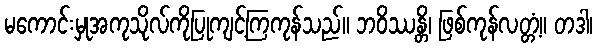
မကောင်းမှုအကုသိုလ်ကိုပြုကျင့်ကြကုန်သည်။ ဘဝိဿန္တိ၊ ဖြစ်ကုန်လတ္တံ့။ တဒါ၊